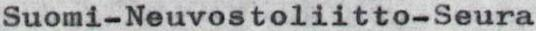
Suomi-Neuvostoliitto-Seura